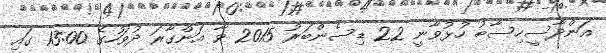
އަންދާސީހިސާބު ހުޅުވާނީ 22 ޑިސެންބަރު 2015 ވާ އަންގާރަ ދުވަހުގެ 13:00 ގައި